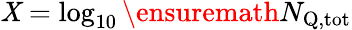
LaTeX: \mathit{X}=\log_{10}\ensuremath{{N_{\mathrm{{Q,tot}}}}}